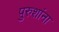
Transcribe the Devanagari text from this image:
पुरुशांना